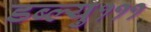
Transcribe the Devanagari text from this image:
डब्ल्यु१११